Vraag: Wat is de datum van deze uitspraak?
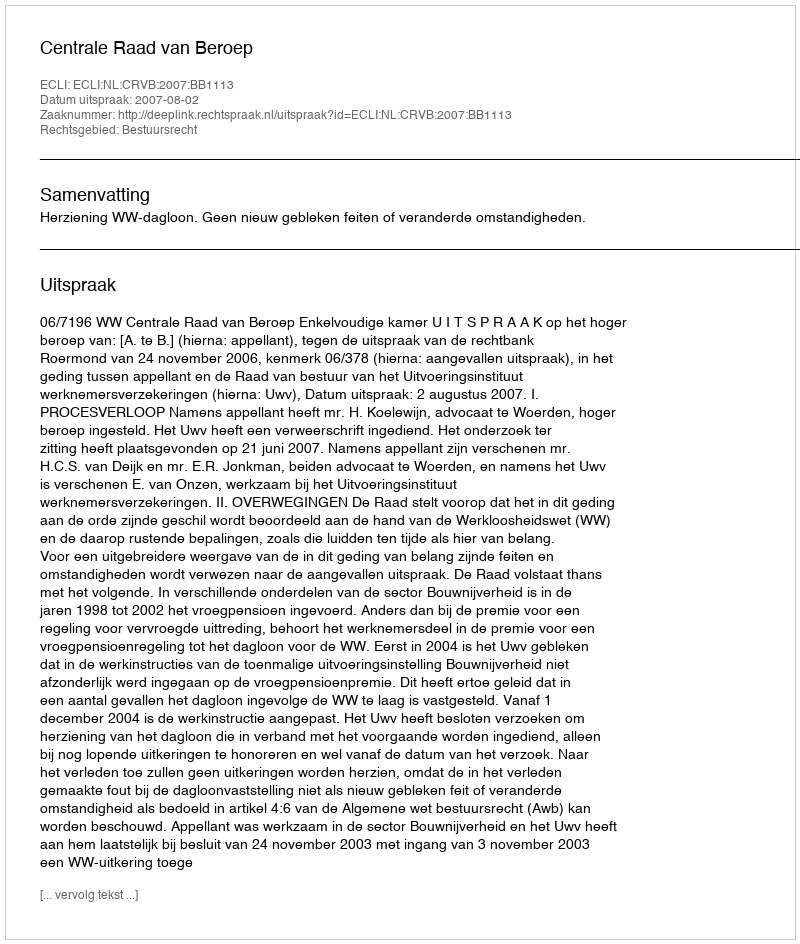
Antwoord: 2007-08-02